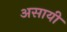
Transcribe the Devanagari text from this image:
असायी